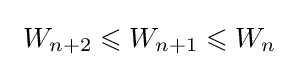
\ W_{n+2}\leqslant W_{n+1}\leqslant W_{n}